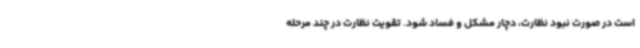
است در صورت نبود نظارت، دچار مشکل و فساد شود. تقویت نظارت در چند مرحله